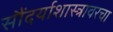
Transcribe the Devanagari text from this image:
सौंदर्याशास्त्रावरचा